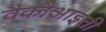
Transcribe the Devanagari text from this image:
वैकौआइती